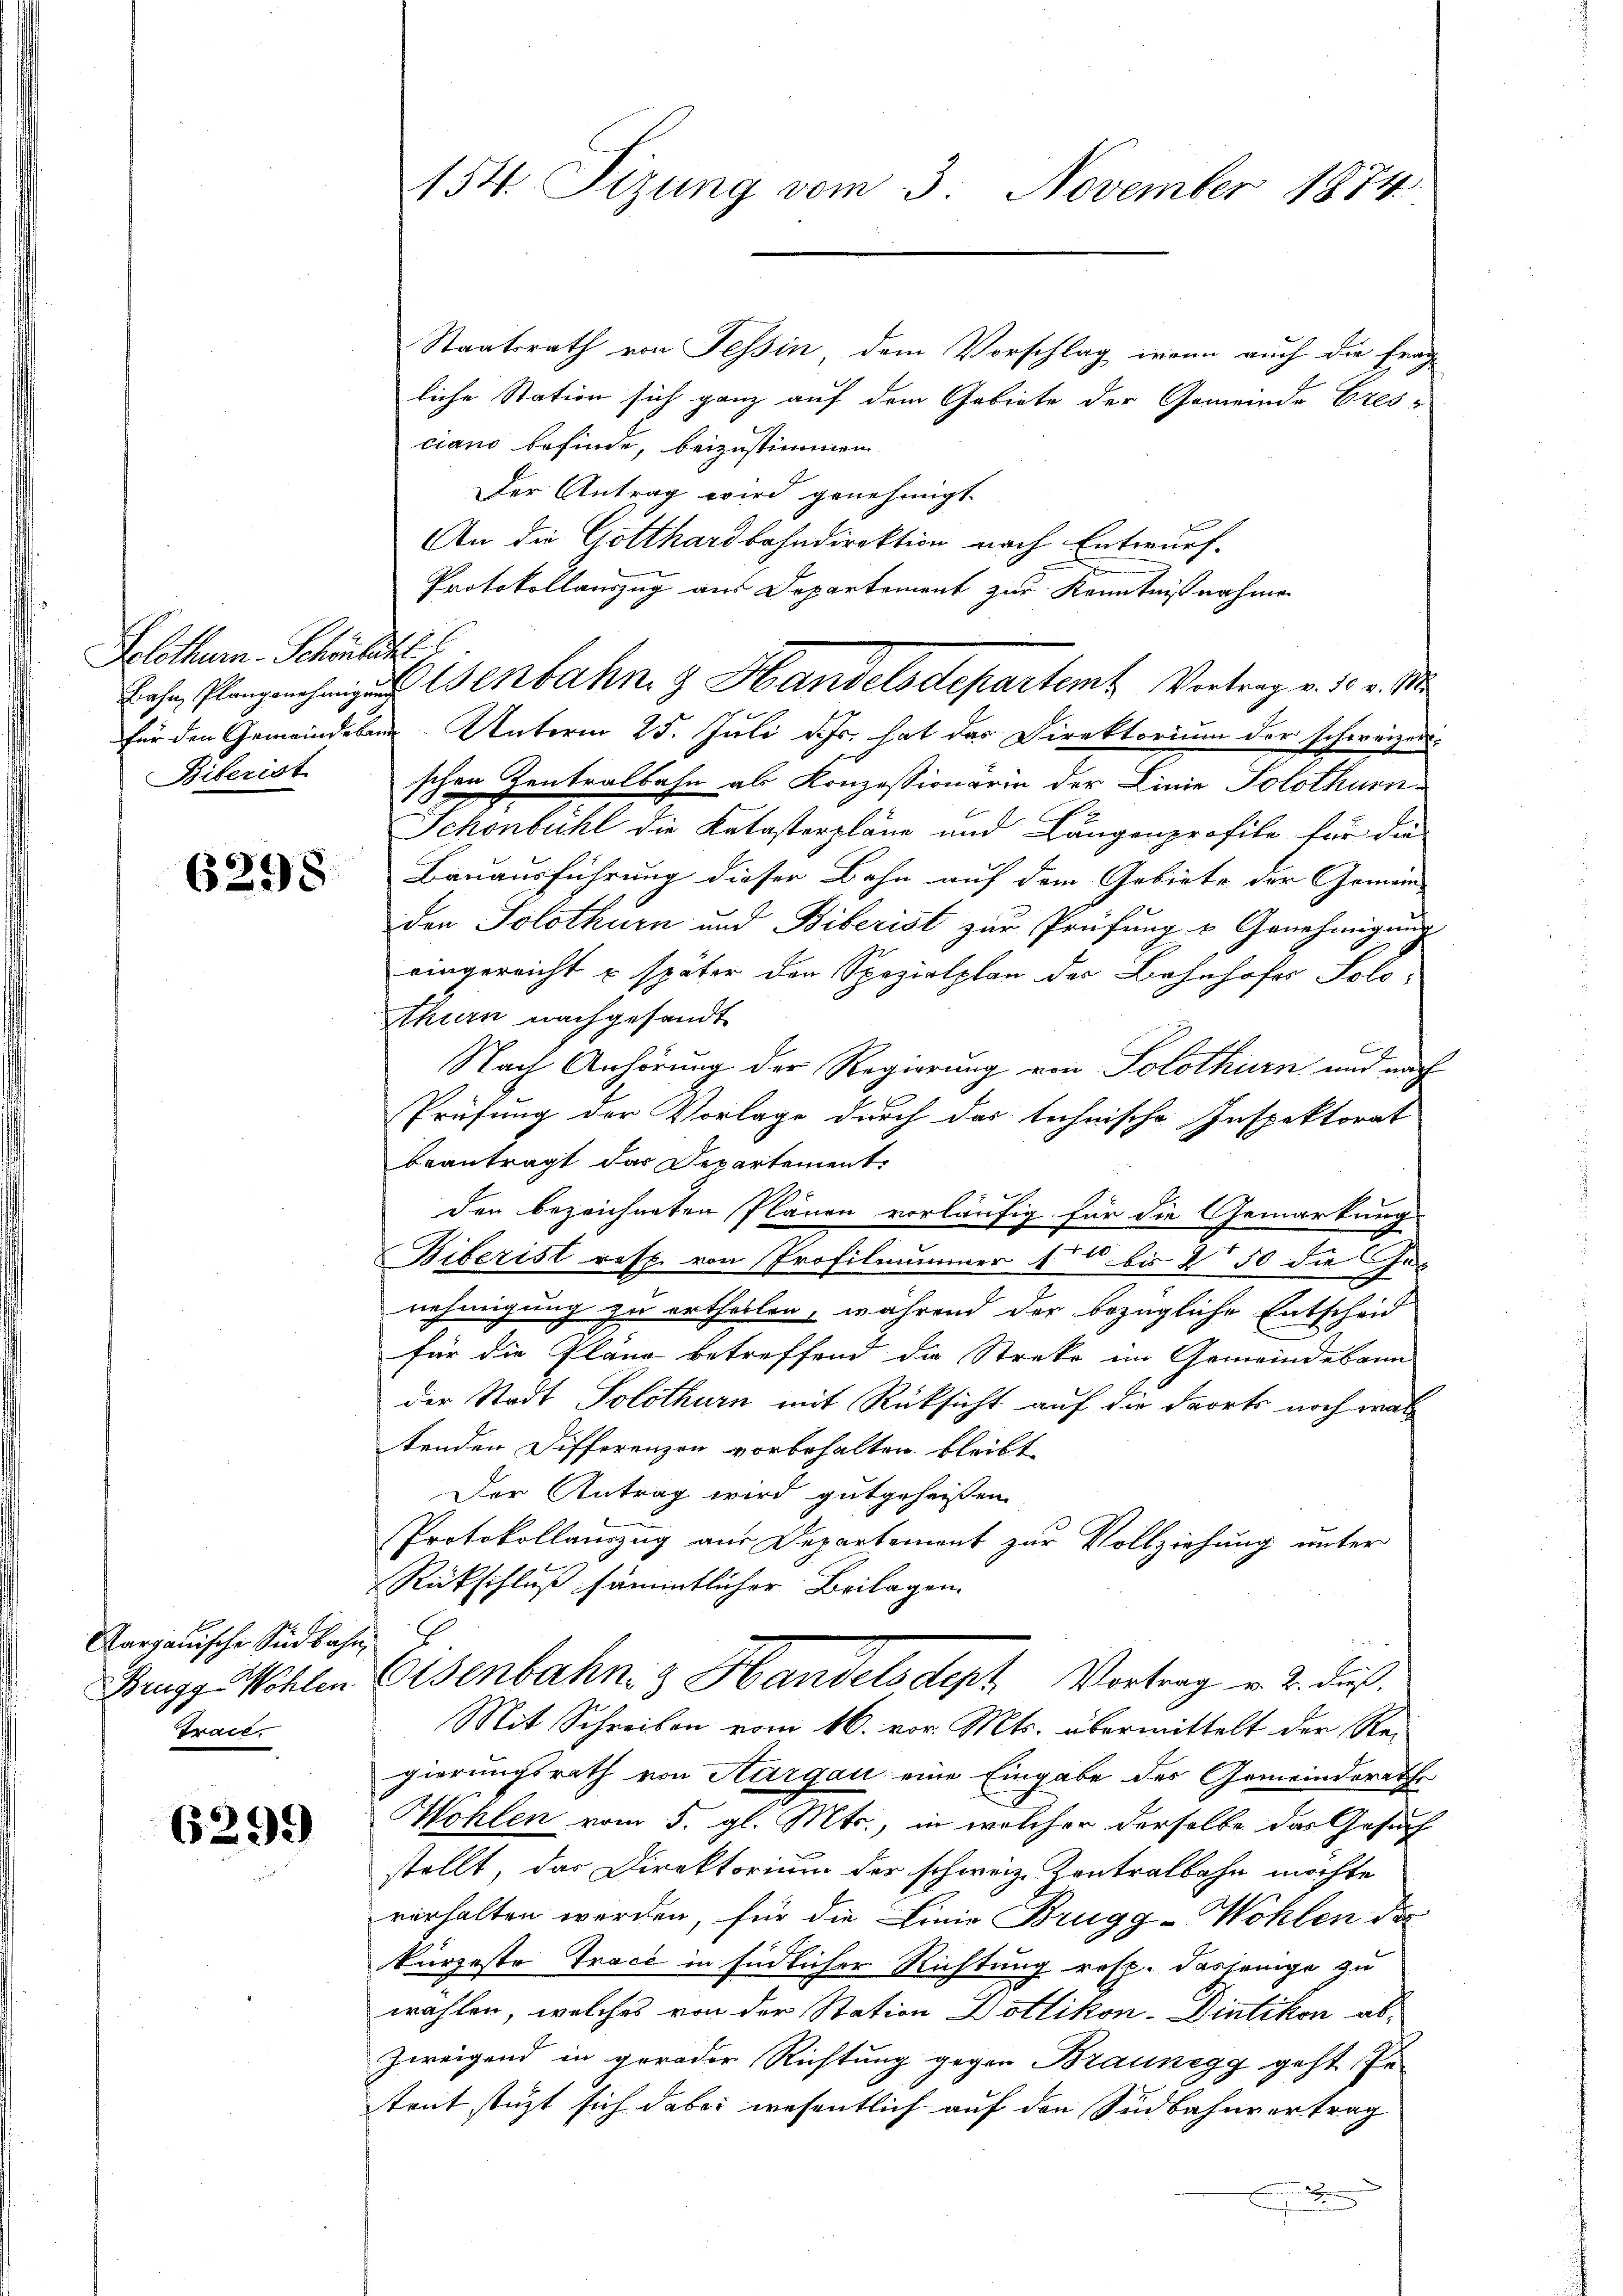
Solothurn-Schönlich
Biberist

6298

Aargauische Südbahn,
Brugg Wohlen.
Trace

6299

Staatsrath von Tessin, dem Vorschlag, wenn auch die Frage
liche Station sich ganz auf dem Gebiete der Gemeinde Cres-
ciano befinde, beizustimmen.
Der Antrag wird genehmigt.
An die Gotthardbahndirektion nach Entwurf.
Protokollauszug aus Departement zur Kenntnißnahme
für den Gemeindeban Unterm 25. Juli d. Js. hat das Direktorium der schweizen
schen Zentralbahn als Konzessionärin der Linie Solothurn¬
Schönbühl die Katasterpläne und Längenprofile für die
Bauausführung dieser Bahn auf dem Gebiete der Gemein
den Solothurn und Biberist zur Prüfung & Genehmigung
eingereicht u später den Spezialplan der Bahnhofes Solothurn nachgesandt
Nach Anhörung der Regierung von Solothurn und nach
Prüfung der Vorlage durch das technische Inspektorat
beantragt das Departement
den bezeichneten Plänen vorläufig für die Gemarkung
Biberist resp. von Profilnummer 156 bis 250 die Ges
nehmigung zu ertheilen, während der bezügliche Entscheid
für die Pläne betreffend die Streke im Gemeindekann
der Stadt Solothurn mit Rücksicht auf die Forts noch was
tenden Differenzen vorbehalten bleibt
Der Antrag wird gutgeheißen.
Protokollauszug aus Departement zur Vollziehung unter
Rückschluß sämmtlicher Beilagen.
Eisenbahn & Handels der Vortrag u. 2. das
Mit Schreiben vom 16. vor. Mts. übermittelt der Re-
gierungsrath von Aargau eine Eingabe des Gemeinderath
Wohlen vom 5. gl. Mts., in welcher derselbe das Gesuch
stellt, das Direktorium der schweiz. Zentralbahn möchte
verhalten werden, für die Linie Brugg-Wohlen der
kürzeste Trace in südlicher Richtung resp. dasjenige zu
wählen, welches von der Station Dottikon-Dietikon ab¬
Zweigend in geroder Richtung gegen Braunegg geht, se
trut stüzt sich dabei wesentlich auf den Südbahnvertrag
.

154. Tizung vom 3. November 1874

es Planzen Wenbahn & Handelsdepartemt. Vertrag v. 10 v. M.